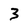
Character: 3